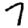
Digit: 7